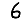
Digit: 6